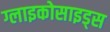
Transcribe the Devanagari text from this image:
ग्लाइकोसाइड्स